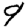
Digit: 9